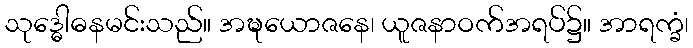
သုဒ္ဓေါဓနမင်းသည်။ အဍ္ဎယောဇနေ၊ ယူဇနာဝက်အရပ်၌။ အာရက္ခံ၊